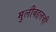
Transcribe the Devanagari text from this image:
मुलीबद्दलची